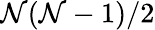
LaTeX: \mathcal{N}(\mathcal{N}-1)/2